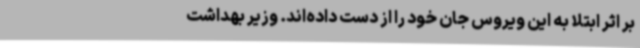
بر اثر ابتلا به این ویروس جان خود را از دست داده‌اند. وزیر بهداشت